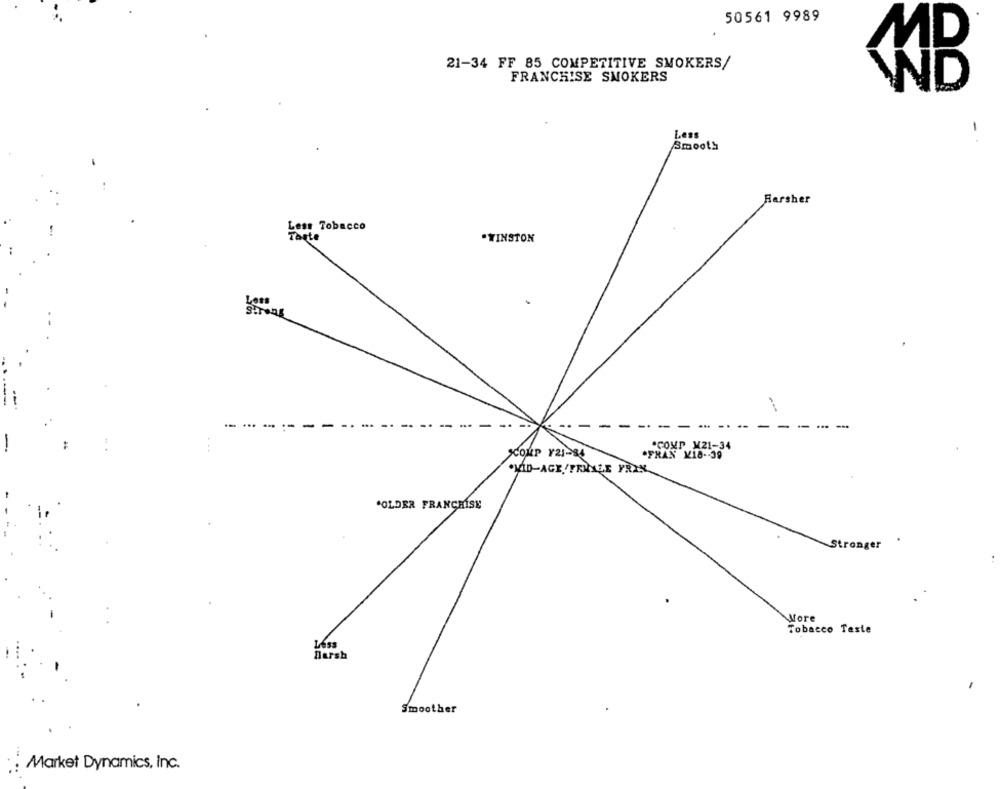
50561 9989
MR
21-34 FF 85 COMPETITIVE SMOKERS/
FRANCHISE SMOKERS
ND
-
Less
Smooth
Harsher
Less Tobacco
Tarte
.WINSTON
Lots
.
---
.COMP M21-34
COMP Y21-84
FRAN K18 -- 39
VID-AGE /FRUNZE YRIN.
COLDER FRANCHISE
Stronger
More
Tobacco Teste
Harsh
Smoother
Market Dynamics, Inc.